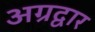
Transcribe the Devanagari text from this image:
अग्रद्वार